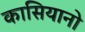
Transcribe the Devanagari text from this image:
कासियानो